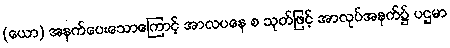
(ယော) အနက်ပေးသောကြောင့် အာလပနေ စ သုတ်ဖြင့် အာလုပ်အနက်၌ ပဌမာ